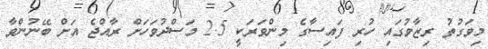
މިވަގުތު ރިޒާވުގައި ހުރި ފައިސާގެ މިންވަރަކީ 2.5 މަސްދުވަހަށް ރާއްޖެ އަށް ބޭނުންވާ